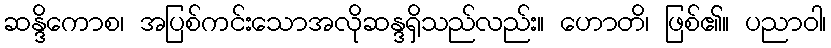
ဆန္ဒိကောစ၊ အပြစ်ကင်းသောအလိုဆန္ဒရှိသည်လည်း။ ဟောတိ၊ ဖြစ်၏။ ပညာဝါ၊